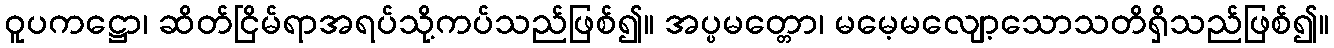
ဝူပကဋ္ဌော၊ ဆိတ်ငြိမ်ရာအရပ်သို့ကပ်သည်ဖြစ်၍။ အပ္ပမတ္တော၊ မမေ့မလျော့သောသတိရှိသည်ဖြစ်၍။